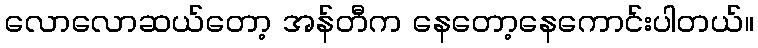
လောလောဆယ်တော့ အန်တီက နေတော့နေကောင်းပါတယ်။